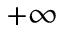
+ \infty